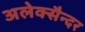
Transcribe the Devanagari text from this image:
अलेक्सैन्दर